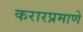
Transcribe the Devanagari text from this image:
करारप्रमाणे